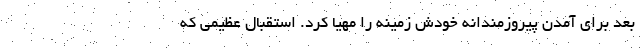
بعد برای آمدن پیروزمندانه خودش زمینه را مهیا کرد. استقبال عظیمی که